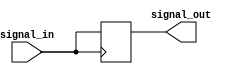
module transmission_gate_delay (
    input wire signal_in,
    output reg signal_out
);

reg internal_signal;

assign internal_signal = signal_in;

always @ (posedge internal_signal)
begin
    #10; // delay of 10 time units
    signal_out <= internal_signal;
end

endmodule